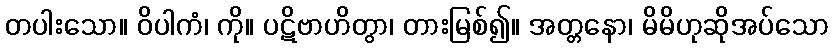
တပါးသော။ ဝိပါကံ၊ ကို။ ပဋိဗာဟိတွာ၊ တားမြစ်၍။ အတ္တနော၊ မိမိဟုဆိုအပ်သော